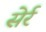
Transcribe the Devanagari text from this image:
सेर्र